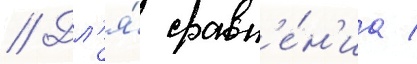
// Дл'я́ сравн'е́н'иа /